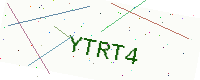
Text: YTRT4